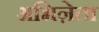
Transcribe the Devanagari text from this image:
अभिऩेता